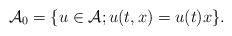
LaTeX: \begin{align*}\mathcal{A}_0 = \{u\in\mathcal{A}; u(t, x) = u(t) x\}.\end{align*}